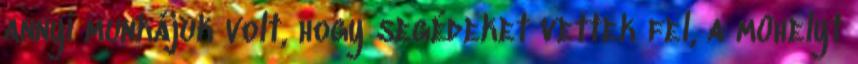
annyi munkájuk volt, hogy segédeket vettek fel, a mûhelyt